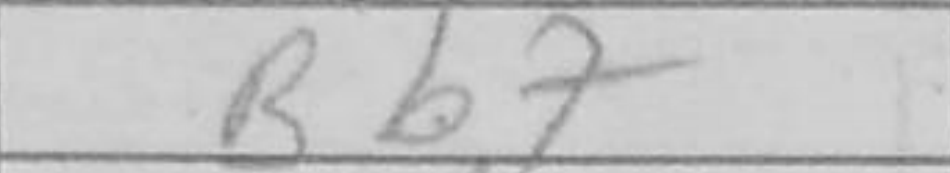
Transcription: Bb7